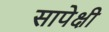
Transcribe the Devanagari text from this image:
सापेक्षी